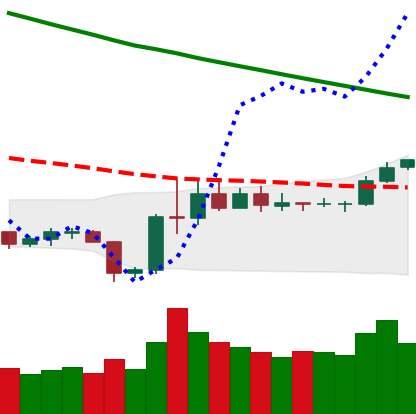
Ticker: LTC-USD
Chart end date: 2019-11-06
Forward return: -3.687%
Label: down_3_5